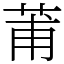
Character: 莆